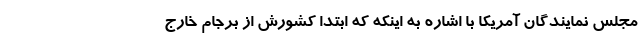
مجلس نمایندگان آمریکا با اشاره به اینکه که ابتدا کشورش از برجام خارج